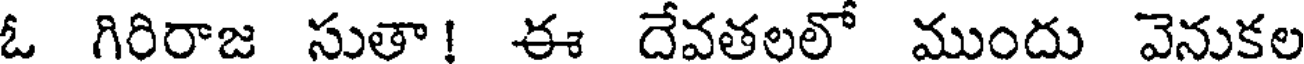
ఓ గిరిరాజ సుతా! ఈ దేవతలలో ముందు వెనుకల